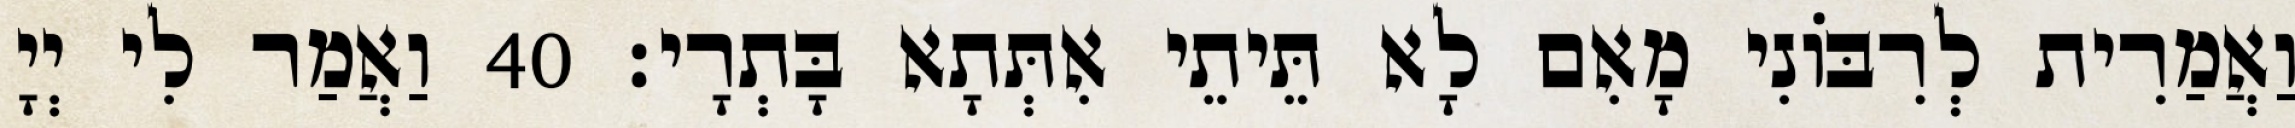
וַאֲמַרִית לְרִבּוֹנִי מָאִם לָא תֵּיתֵי אִתְּתָא בָּתְרָי׃ 40 וַאֲמַר לִי יְיָ